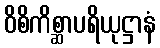
ဝိစိကိစ္ဆာပရိယုဋ္ဌာနံ